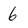
Character: 6